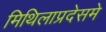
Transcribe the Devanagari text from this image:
मिथिलाप्रदेसमे